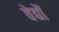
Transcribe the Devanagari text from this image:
वेद्यों